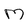
Character: M